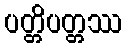
ပတ္တိပတ္တဿ